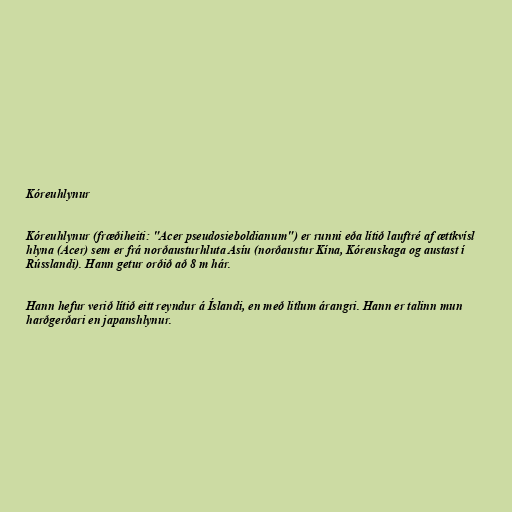
Kóreuhlynur

Kóreuhlynur (fræðiheiti: "Acer pseudosieboldianum") er runni eða lítið lauftré af ættkvísl
hlyna (Acer) sem er frá norðausturhluta Asíu (norðaustur Kína, Kóreuskaga og austast í
Rússlandi). Hann getur orðið að 8 m hár.

Hann hefur verið lítið eitt reyndur á Íslandi, en með litlum árangri. Hann er talinn mun
harðgerðari en japanshlynur.